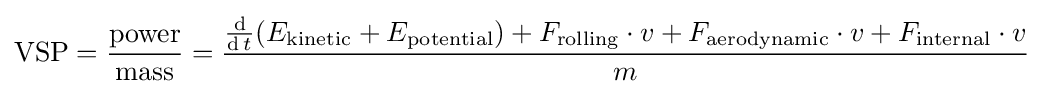
\mathrm {VSP} ={\frac {\mathrm {power} }{\mathrm {mass} }}={\frac {{\operatorname {d}  \over \operatorname {d} t}(E_{\mathrm {kinetic} }+E_{\mathrm {potential} })+F_{\mathrm {rolling} }\cdot v+F_{\mathrm {aerodynamic} }\cdot v+F_{\mathrm {internal} }\cdot v}{m}}